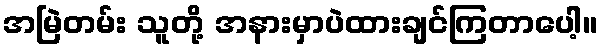
အမြဲတမ်း သူတို့ အနားမှာပဲထားချင်ကြတာပေါ့။